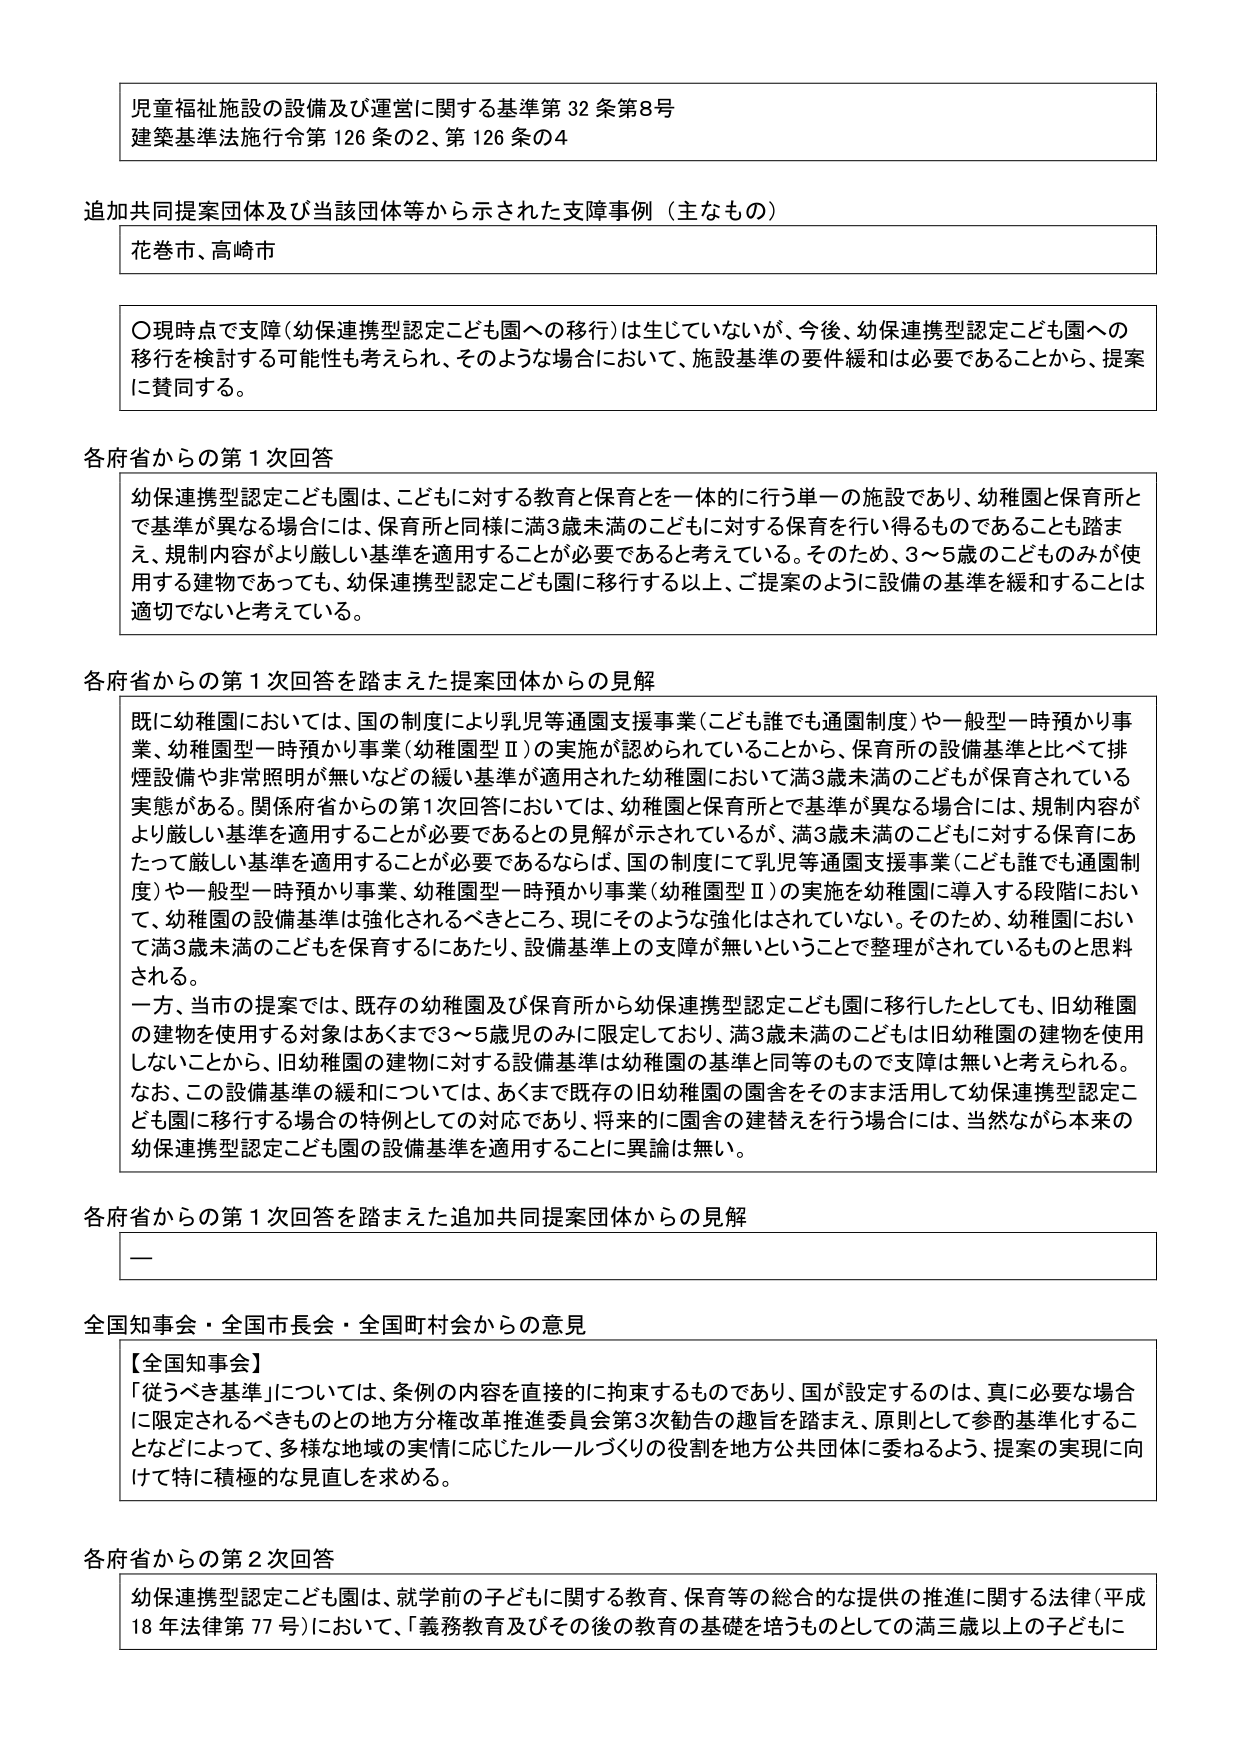
児童福祉施設の設備及び運営に関する基準第32条第8号
建築基準法施行令第126条の2、第126条の4

追加共同提案団体及び当該団体等から示された支援事例（主なもの）
花巻市、高崎市

〇現時点で支障（幼保連携型認定こども園への移行）は生じていないが、今後、幼保連携型認定こども園への移行を検討する可能性も考えられ、そのような場合において、施設基準の要件緩和は必要であることから、提案に賛同する。

各府省からの第1次回答
幼保連携型認定こども園は、こどもに対する教育と保育とを一体的に行う単一の施設であり、幼稚園と保育所とで基準が異なる場合には、保育所と同様に満3歳未満のこどもに対する保育を行い得るものであることも踏まえ、規制内容がより厳しい基準を適用することが必要であると考えている。そのため、3～5歳のこどものみが使用する建物であっても、幼保連携型認定こども園に移行する以上、ご提案のように設備の基準を緩和することは適切でないと考えている。

各府省からの第1次回答を踏まえた提案団体からの見解
既に幼稚園においては、国の制度により乳児等通園支援事業（こども誰でも通園制度）や一般型一時預かり事業、幼稚園型一時預かり事業（幼稚園型Ⅱ）の実施が認められていることから、保育所の設備基準と比べて排煙設備や非常照明が無いなどの緩い基準が適用された幼稚園において満3歳未満のこどもが保育されている実態がある。関係府省からの第1次回答においては、幼稚園と保育所とで基準が異なる場合には、規制内容がより厳しい基準を適用することが必要であるとの見解が示されているが、満3歳未満のこどもに対する保育にあたって厳しい基準を適用することが必要であるならば、国の制度にて乳児等通園支援事業（こども誰でも通園制度）や一般型一時預かり事業、幼稚園型一時預かり事業（幼稚園型Ⅱ）の実施を幼稚園に導入する段階において、幼稚園の設備基準は強化されるべきところ、現にそのような強化はされていない。そのため、幼稚園において満3歳未満のこどもを保育するにあたり、設備基準上の支障が無いということで整理がされているものと思料される。
一方、当市の提案では、既存の幼稚園及び保育所から幼保連携型認定こども園に移行したとしても、旧幼稚園の建物を使用する対象はあくまで3～5歳児のみに限定しており、満3歳未満のこどもは旧幼稚園の建物を使用しないことから、旧幼稚園の建物に対する設備基準は幼稚園の基準と同等のもので支障は無いと考えられる。
なお、この設備基準の緩和については、あくまで既存の旧幼稚園の園舎をそのまま活用して幼保連携型認定こども園に移行する場合の特例としての対応であり、将来的に園舎の建替えを行う場合には、当然ながら本来の幼保連携型認定こども園の設備基準を適用することに異論は無い。

各府省からの第1次回答を踏まえた追加共同提案団体からの見解
—

全国知事会・全国市長会・全国町村会からの意見
【全国知事会】
「従うべき基準」については、条例の内容を直接的に拘束するものであり、国が設定するのは、真に必要な場合に限定されるべきものとの地方分権改革推進委員会第3次勧告の趣旨を踏まえ、原則として参酌基準化することなどによって、多様な地域の実情に応じたルールづくりの役割を地方公共団体に委ねるよう、提案の実現に向けて特に積極的な見直しを求める。

各府省からの第2次回答
幼保連携型認定こども園は、就学前の子どもに関する教育、保育等の総合的な提供の推進に関する法律（平成18年法律第77号）において、「義務教育及びその後の教育の基礎を培うものとしての満三歳以上の子どもに